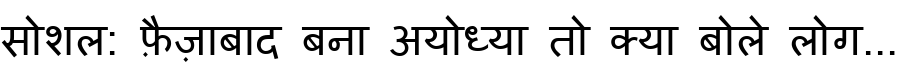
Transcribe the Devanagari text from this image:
सोशल: फ़ैज़ाबाद बना अयोध्या तो क्या बोले लोग...